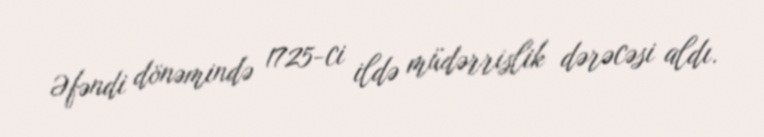
Əfəndi dönəmində 1725-ci ildə müdərrislik dərəcəsi aldı.